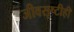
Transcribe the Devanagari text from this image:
जीवसृष्टीही